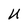
Character: U